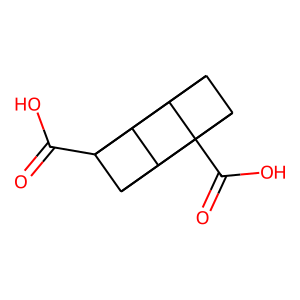
SMILES: O=C(O)C12C3C4C1C1C2C3C41C(=O)O
Inhibits HIV replication: No